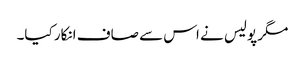
مگر پولیس نے اس سے صاف انکار کیا۔